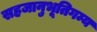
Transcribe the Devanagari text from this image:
सहजानुभूतिगम्य